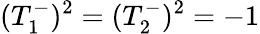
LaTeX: (T_{1}^{-})^{2}=(T_{2}^{-})^{2}=-1